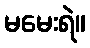
မမေးရဲ။